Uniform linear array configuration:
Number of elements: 16
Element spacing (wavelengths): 1
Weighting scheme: hann
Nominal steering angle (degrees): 30
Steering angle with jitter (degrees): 31.99
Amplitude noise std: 0.05
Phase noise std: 0.05

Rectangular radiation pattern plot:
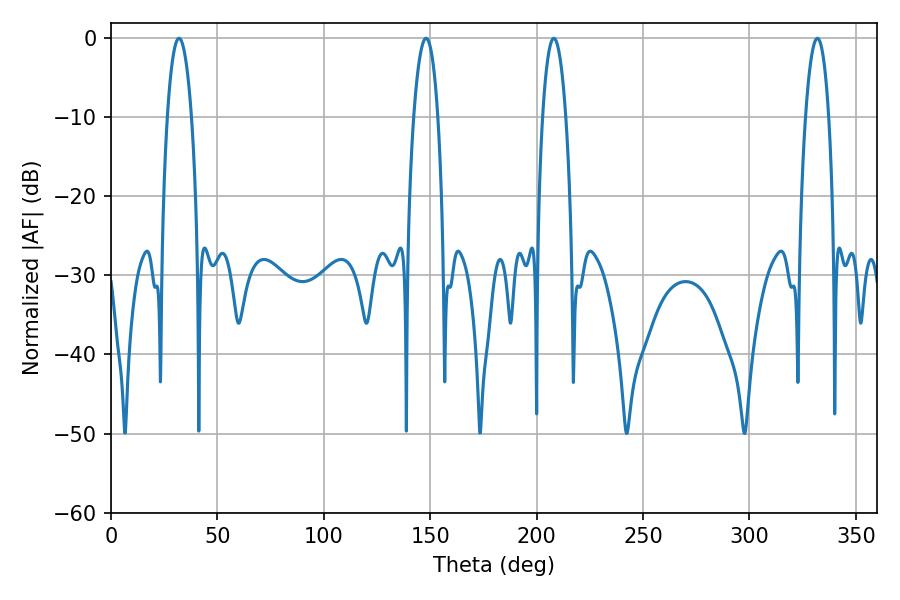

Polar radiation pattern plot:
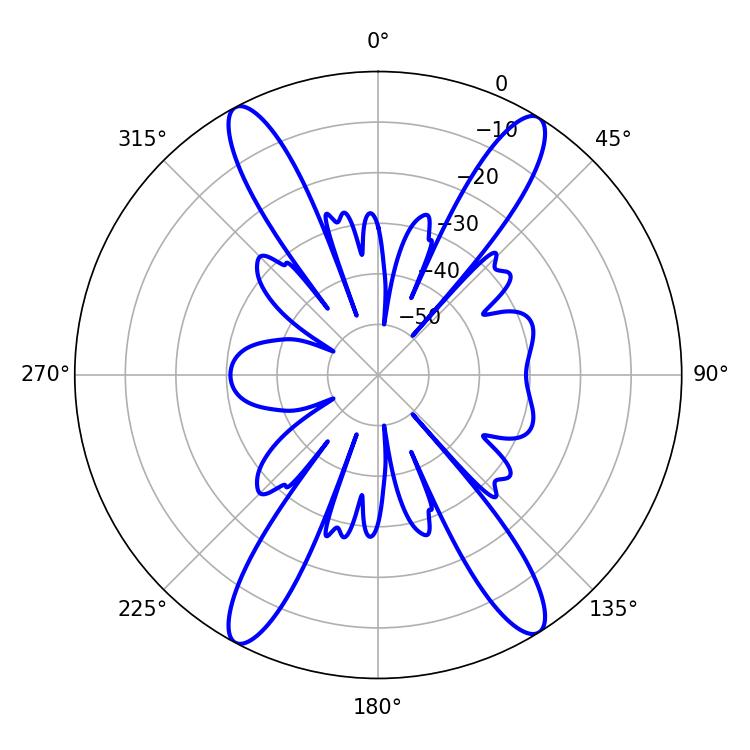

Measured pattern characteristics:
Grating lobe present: TRUE
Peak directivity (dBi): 20.23
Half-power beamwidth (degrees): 6.12
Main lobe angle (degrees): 208.08